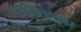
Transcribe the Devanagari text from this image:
माईकल्स